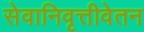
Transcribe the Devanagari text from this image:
सेवानिवृत्तीवेतन